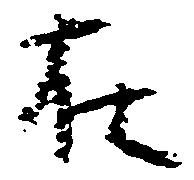
在